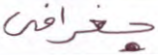
جغرافي